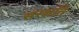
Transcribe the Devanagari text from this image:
संरक्षति